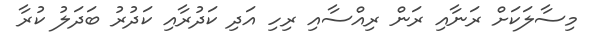
މިސާލަކަށް ރަނާއި ރަން ރިއްސާއި ރިހި އަދި ކަދުރާއި ކަދުރު ބަދަލު ކުރާ